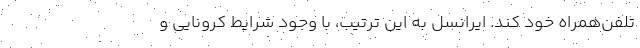
تلفن‌همراه خود کند. ایرانسل به این ترتیب، با وجود شرایط کرونایی و